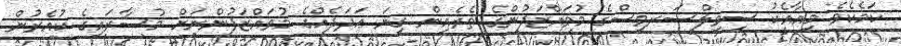
ކަމެކެވެ މިއާއެކު ސިވިލްސަރވިސްގެ މުވައްޒަފުންގެ ތެރެއިން ގިނަ ޢަދަދެއްގެ މުވައްޒަފުންނަށް މުސާރައިގެ ކުއެރުން